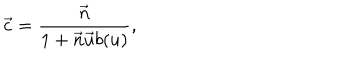
LaTeX: \vec { c } = \frac { \vec { n } } { 1 + \vec { n } \vec { u } b ( u ) } ,